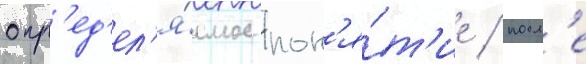
опр'ед'ел'я́емое пон'я́т'ие / посл'е